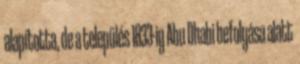
alapította, de a település 1833-ig Abu Dhabi befolyása alatt